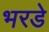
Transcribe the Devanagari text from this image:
भरडे